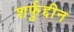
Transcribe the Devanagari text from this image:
शर्फुद्दीन